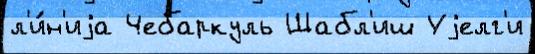
л'и́н'иjа Чебаркуль Шабл'иш Уjелг'и